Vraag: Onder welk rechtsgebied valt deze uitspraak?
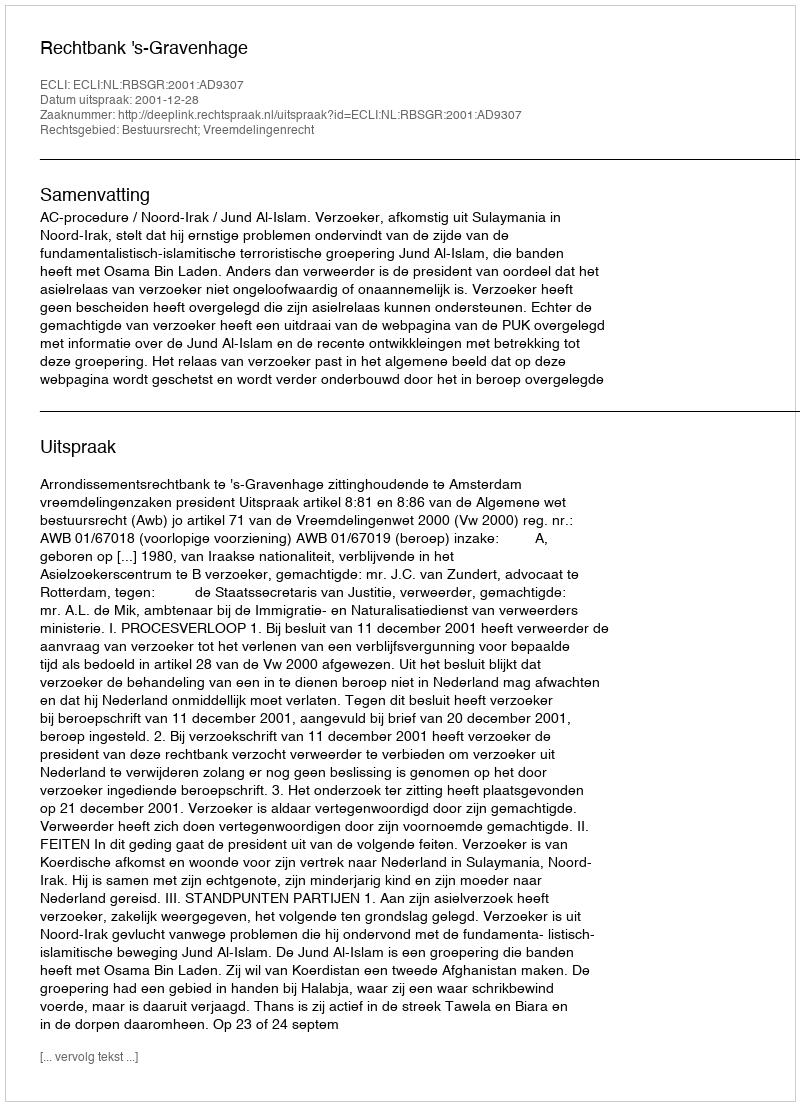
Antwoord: Bestuursrecht; Vreemdelingenrecht